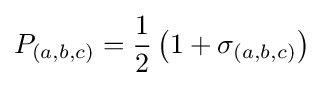
P_{(a,b,c)}={\frac {1}{2}}\left(1+\sigma _{(a,b,c)}\right)